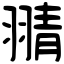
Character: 𦑊